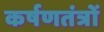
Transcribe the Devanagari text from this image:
कर्षणतंत्रों